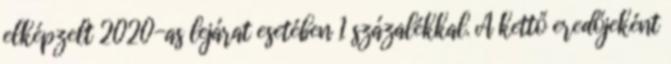
elképzelt 2020-as lejárat esetében 1 százalékkal. A kettő eredőjeként